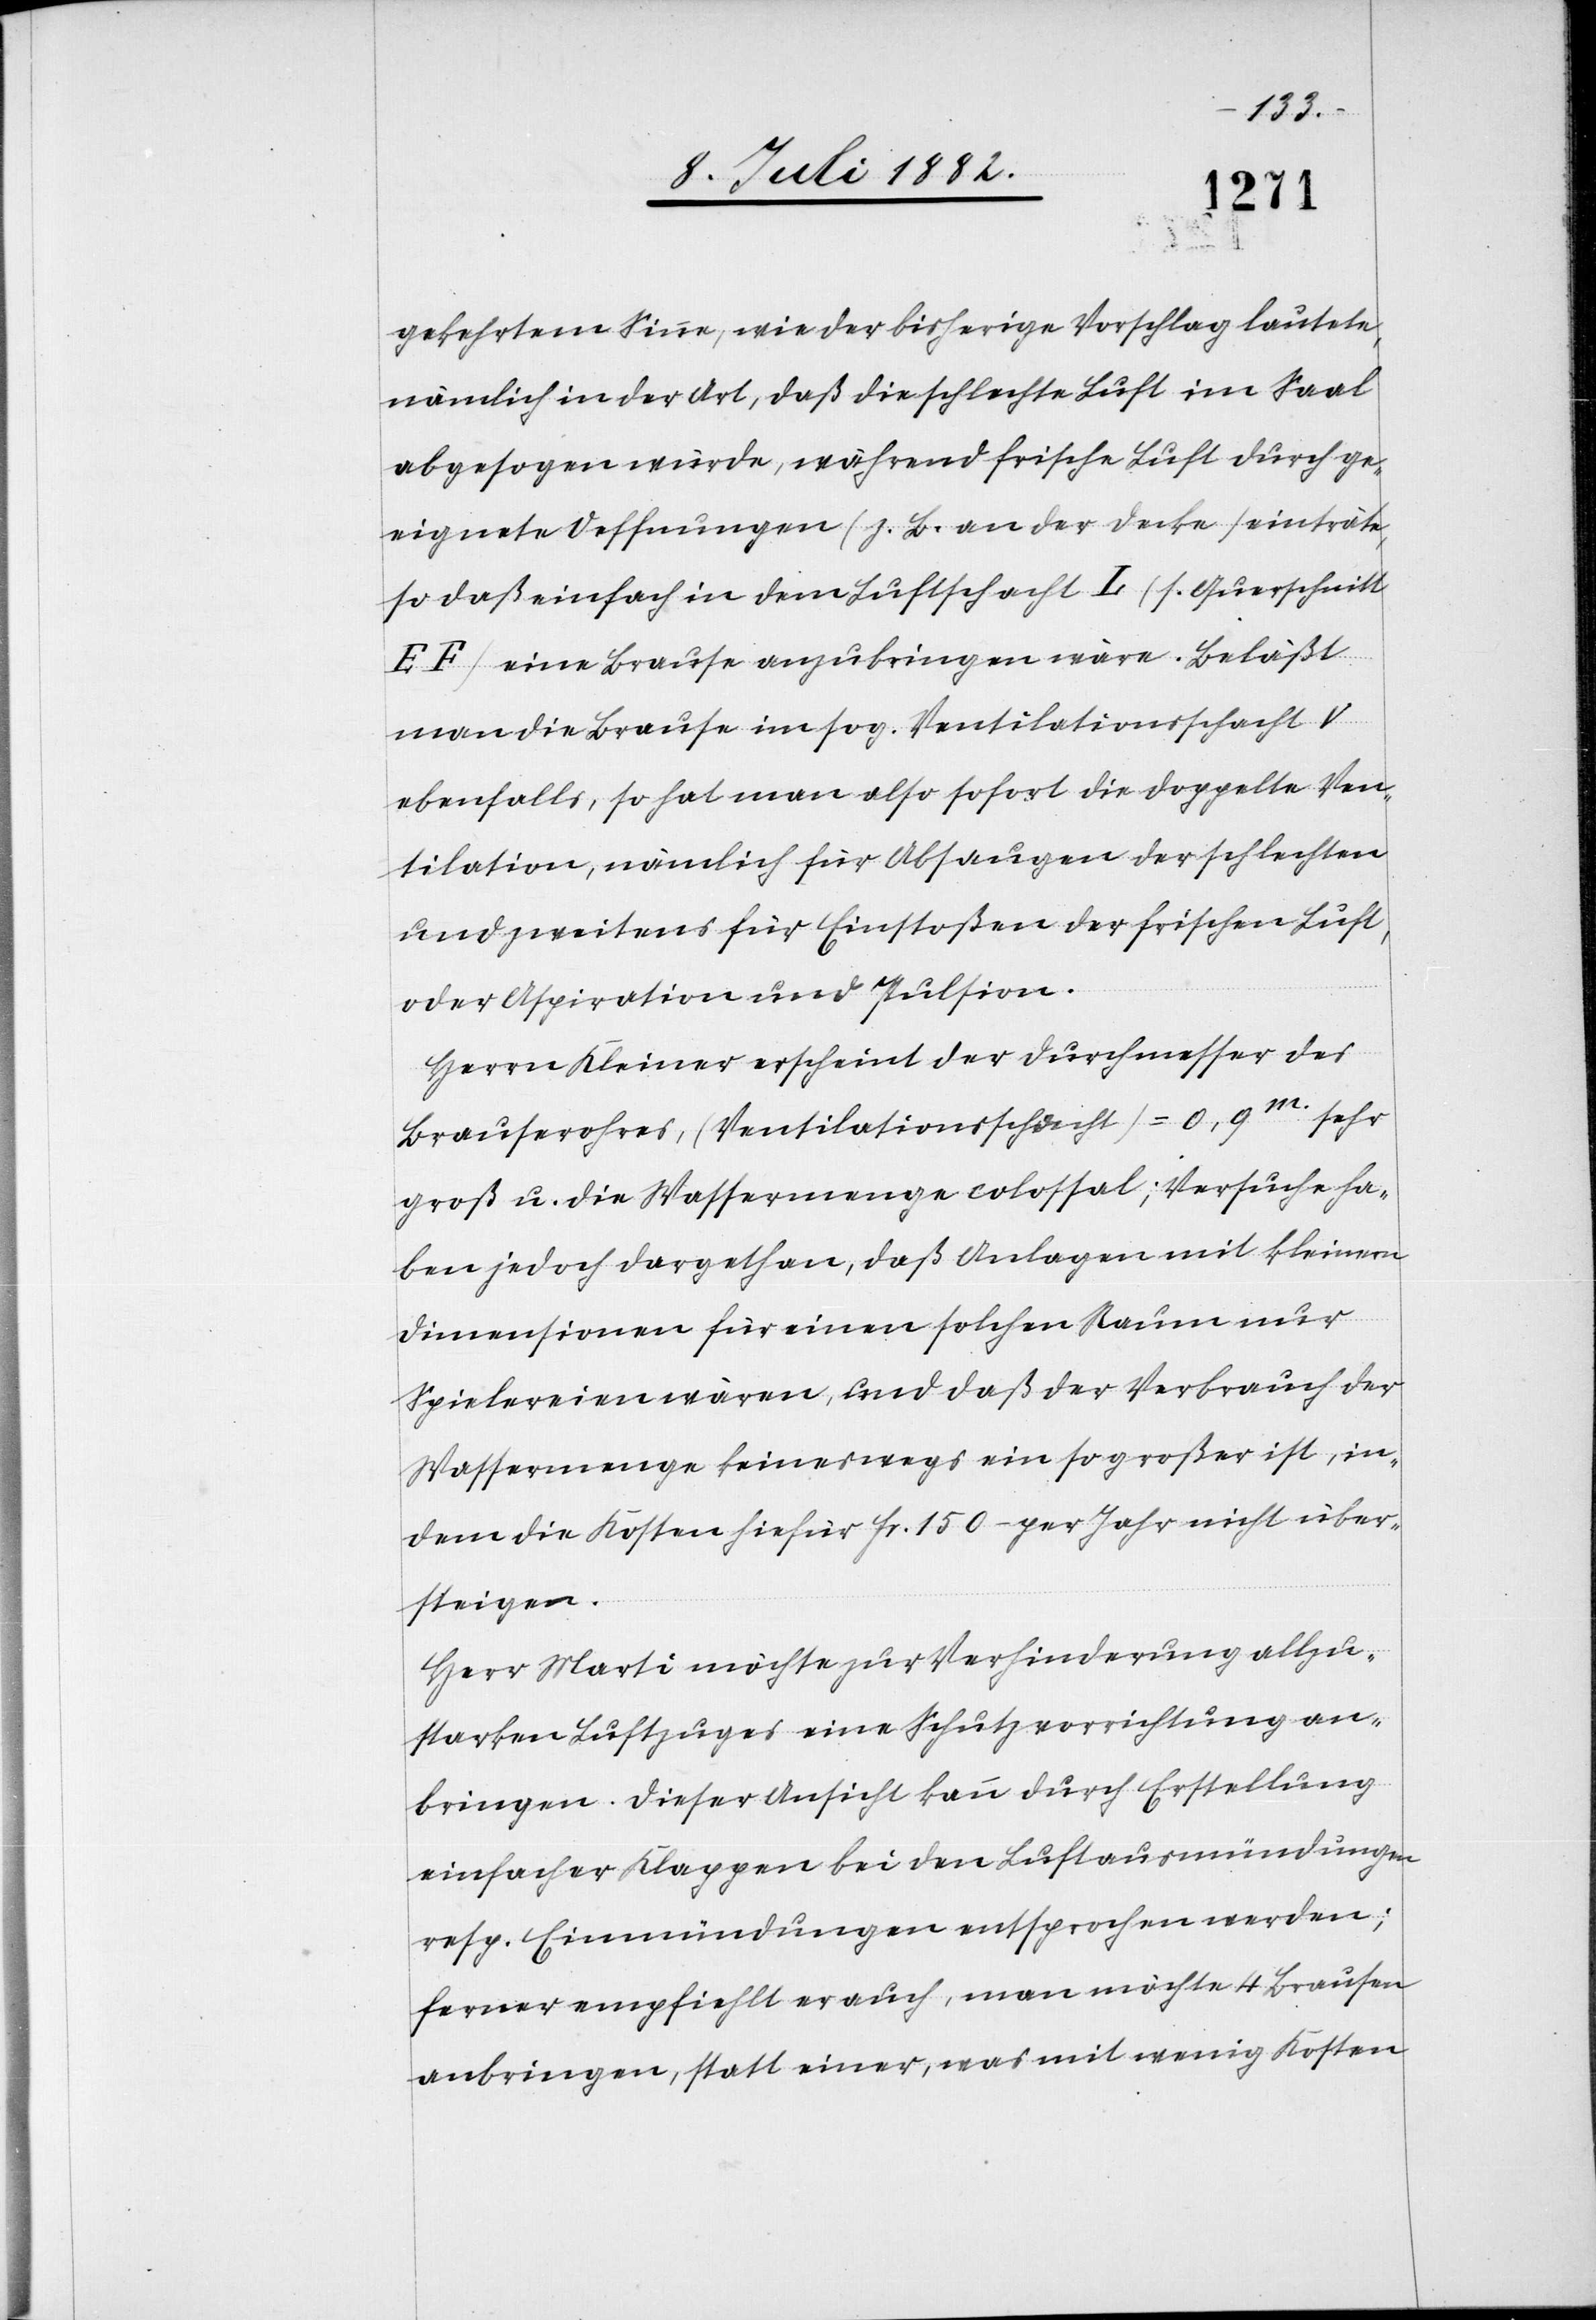
gekehrten Sinne, wie der bisherige Vorschlag lautete,
nämlich in der Art, daß die schlechte Luft im Saal
abgesogen würde, während frische Luft durch ge¬
eignete Oeffnungen (z. B. an der Decke seitwärts,
so daß einfach in dem Luftschacht L (s. Querschnitt
EF) eine Brause anzubringen wäre. Beläßt
man die Brause im sog. Ventilationsschacht V
ebenfalls, so hat man also sofort die doppelte Ven¬
tilation, nämlich für Absaugen der schlechten
und zweitens für Einstoßen der frischen Luft,
oder Aspiration und Pulsion.
Herrn Kleiner erscheint der Durchmesser des
Brauserohres, (Ventilationsschacht) = 0,9m sehr
groß, u. die Wassermenge colossal; Versuche ha¬
ben jedoch dargethan, daß Anlagen mit kleinern
Dimensionen für einen solchen Raum nur
Spielereien wären, und daß der Verbrauch der
Wassermenge keineswegs ein so großer ist, in¬
dem die Kosten hiefür Fr. 150.– per Jahr nicht über¬
steigen.
Herr Marti möchte zur Verhinderung allzu¬
starken Luftzuges eine Schutzvorrichtung an¬
bringen. Dieser Ansicht kann durch Erstellung
einfacher Klappen bei den Luftausmündungen
resp. Einmündungen entsprochen werden;
ferner empfiehlt er auch, man möchte 4 Brausen
anbringen, statt einer, was mit wenig Kosten